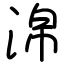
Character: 淿